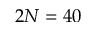
2 N = 4 0